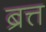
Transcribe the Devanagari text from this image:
ब्रत्त